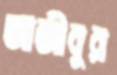
আজীবুর